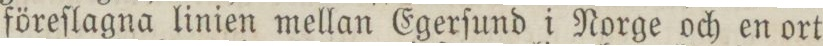
föreſlagna linien mellan Egerſund i Norge och en ort